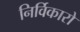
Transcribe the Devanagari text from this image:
निर्विकारो